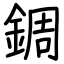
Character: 錭